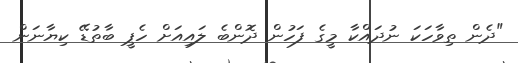
"ދެން ތިވާހަކަ ނުދައްކާ މީގެ ފަހުން ދޮންބެ ލައިއަށް ހެޕީ ބާތުޑޭ ކިޔާނަން